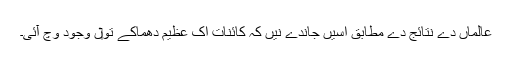
عالماں دے نتائج دے مطابق اسيں جاندے نيں کہ کائنات اک عظیم دھماکے تو‏ں وجود وچ آئی۔